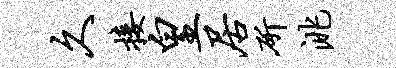
久接皇居斫洮